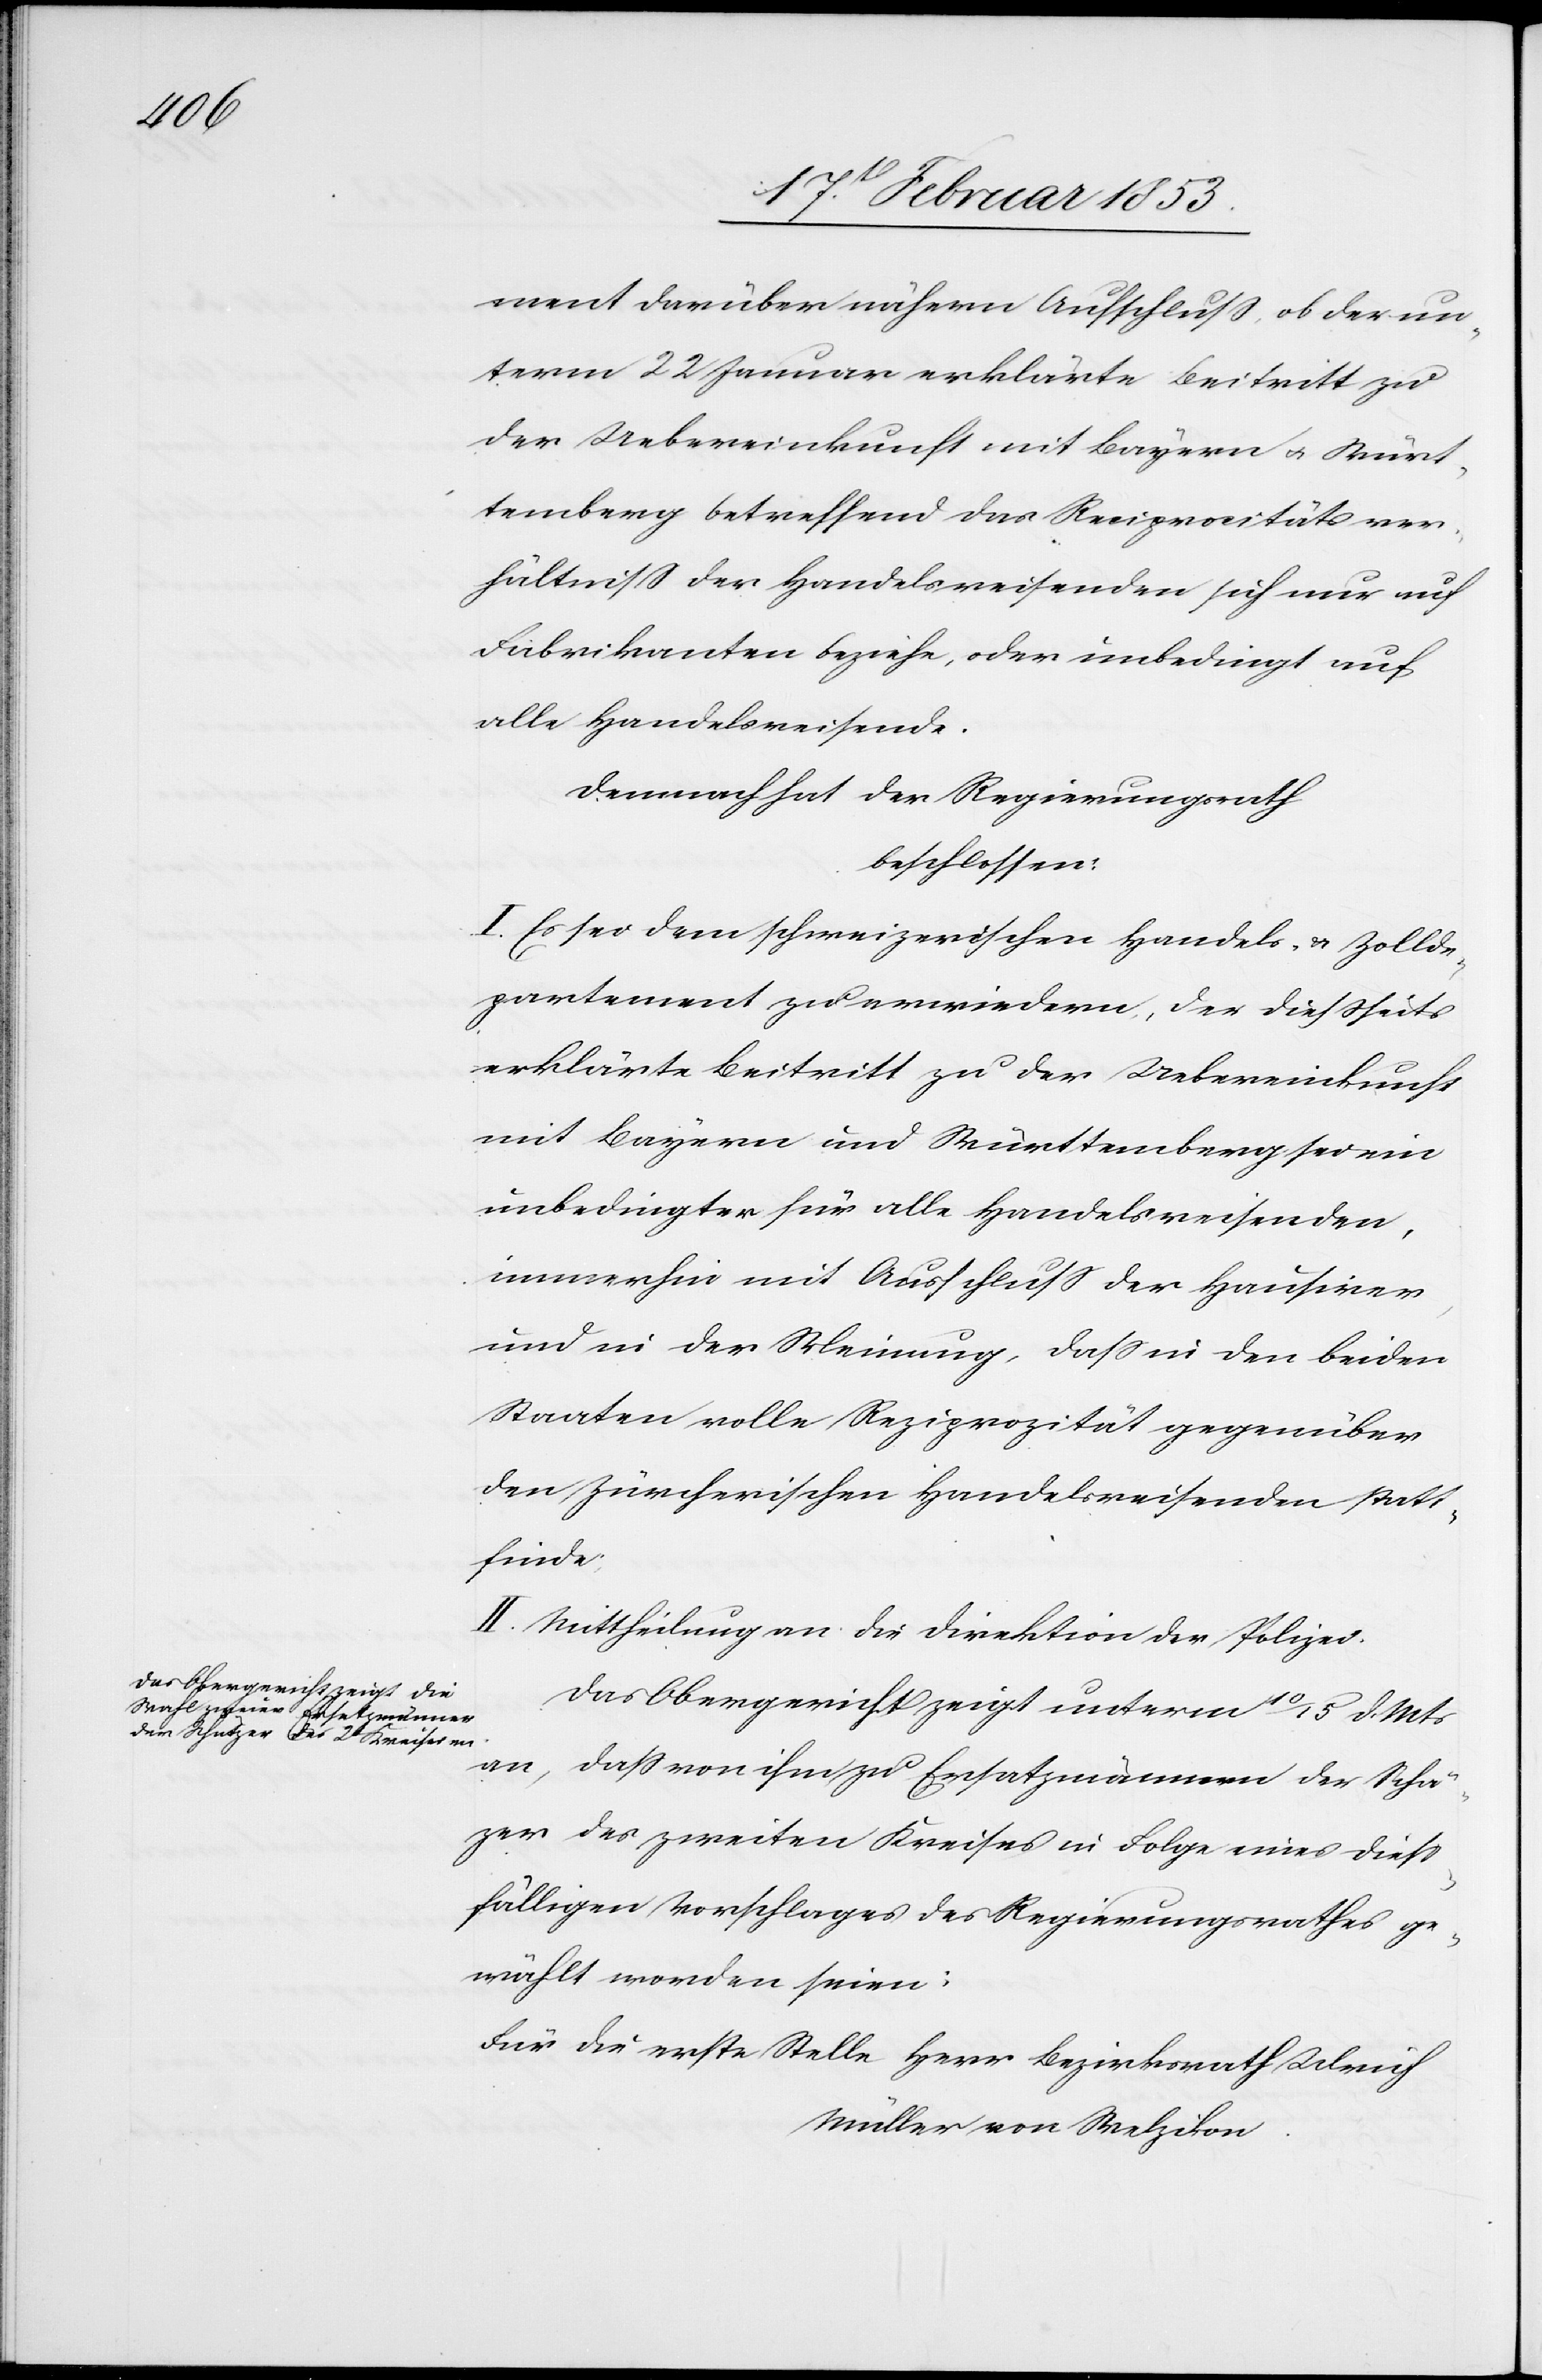
ment darüber nähern Aufschluß, ob der un¬
term 22 Januar erklärte Beitritt zu
der Uebereinkunft mit Bayern u. Würt¬
temberg betreffend das Reziprocitätsver¬
hältniß der Handelsreisenden sich nur auf
Fabrikanten beziehe, oder unbedingt auf
alle Handelsreisende.
Demnach hat der Regierungsrath
beschlossen:
I. Es sei dem schweizerischen Handels- u. Zollde¬
partement zu erwiedern, der dießseits
erklärte Beitritt zu der Uebereinkunft
mit Bayern und Württemberg sei ein
unbedingter für alle Handelsreisenden,
immerhin mit Ausschluß der Hausirer
und in der Meinung, daß in den beiden
Staaten volle Reziprocität gegenüber
den Zürcherischen Handelsreisenden statt¬
finde.
II. Mittheilung an die Direktion der Polizei.
Das Obergericht zeigt unterm 10/15 d. Mts.
an, daß von ihm zu Ersatzmännern der Schäzer
des zweiten Kreises in Folge eines dieß¬
fälligen Vorschlages des Regierungsrathes ge¬
wählt worden seien:
Für die erste Stelle Herr Bezirksrath Ulrich
Müller von Melzikon